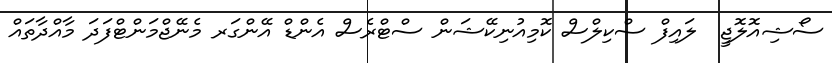
ސޯޝިއޮލޮޖީ  ލައިފް ސްކިލްސް ކޮމިއުނިކޭޝަން ސްޓްރެސް އެންޑް އޭންގަރ މެނޭޖްމަންޓްފަދަ މާއްދާތައް